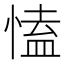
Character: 㥺